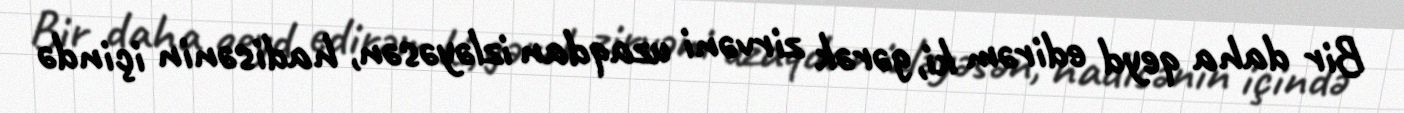
Bir daha qeyd edirəm ki, gərək zirvəni uzaqdan izləyəsən, hadisənin içində